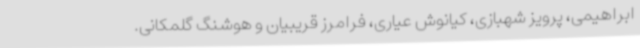
ابراهیمی، پرویز شهبازی، کیانوش عیاری، فرامرز قریبیان و هوشنگ گلمکانی.